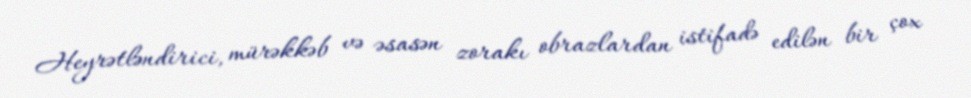
Heyrətləndirici, mürəkkəb və əsasən zorakı obrazlardan istifadə edilən bir çox